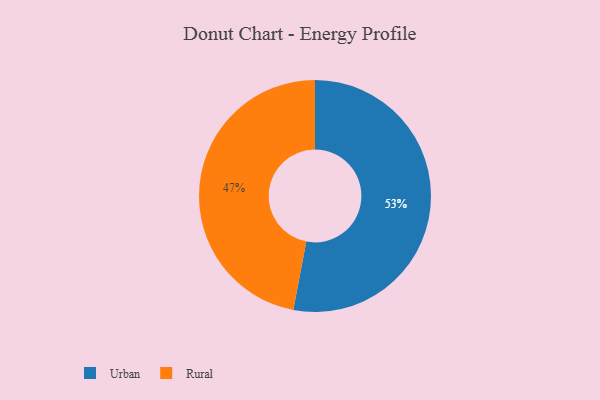
{"axis": {"x": "Category", "y": "Percentage"}, "legend": ["Rural", "Urban"], "data": [{"x": "Rural", "y": 47, "type": "Rural"}, {"x": "Urban", "y": 53, "type": "Urban"}]}